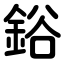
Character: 鋊